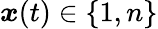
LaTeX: \boldsymbol{x}(t)\in\{ 1,n\}